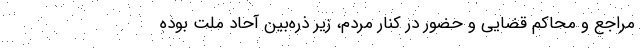
مراجع و محاکم قضایی و حضور در کنار مردم، زیر ذره‌بین آحاد ملت بوده